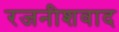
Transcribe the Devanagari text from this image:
रजनीशवाद